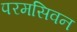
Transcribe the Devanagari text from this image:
परमसिवन